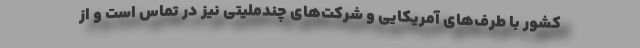
‌کشور با طرف‌های آمریکایی و شرکت‌های چندملیتی نیز در تماس است و از